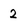
Character: 2